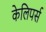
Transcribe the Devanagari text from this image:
केलिपर्स